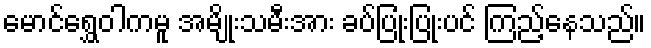
မောင်ရွှေဝါကမူ အမျိုးသမီးအား ခပ်ပြုံးပြုံးပင် ကြည့်နေသည်။